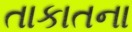
તાકાતના